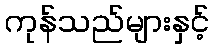
ကုန်သည်များနှင့်